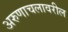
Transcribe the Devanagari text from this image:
अरुणाचलावरील